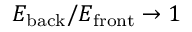
E _ { \mathrm { b a c k } } / E _ { \mathrm { f r o n t } } \rightarrow 1